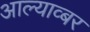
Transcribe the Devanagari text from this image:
आल्याव्बर